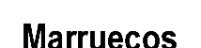
Marruecos